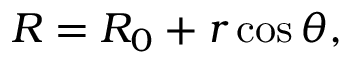
R = R _ { 0 } + r \cos \theta ,